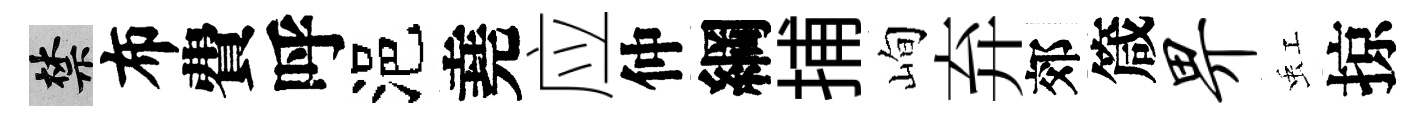
禁布費呼浥堯应仲綱捕峋弃郊箴畀虹掠